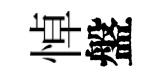
悼盤